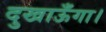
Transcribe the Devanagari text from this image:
दुखाऊँगा।